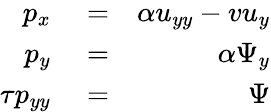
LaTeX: \begin{array}{rlr}{p_{x}}&{{}=}&{\alpha u_{yy}-vu_{y}}\\ {p_{y}}&{{}=}&{\alpha\Psi_{y}}\\ {\tau p_{yy}}&{{}=}&{\Psi}\end{array}